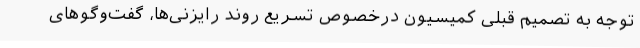
توجه به تصمیم قبلی کمیسیون درخصوص تسریع روند رایزنی‌ها، گفت‌وگوهای